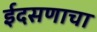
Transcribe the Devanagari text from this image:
ईदसणाचा